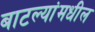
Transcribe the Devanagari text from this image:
बाटल्यांमधील